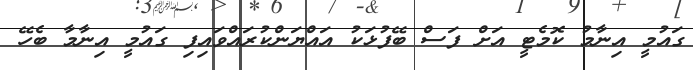
ގައުމީ އިނާމު ކޮމެޓީ އަށް ފަސް ބޭފުޅަކު އައްޔަންކުރައްވައިފި ގައުމީ އިނާމާ ބެހޭ